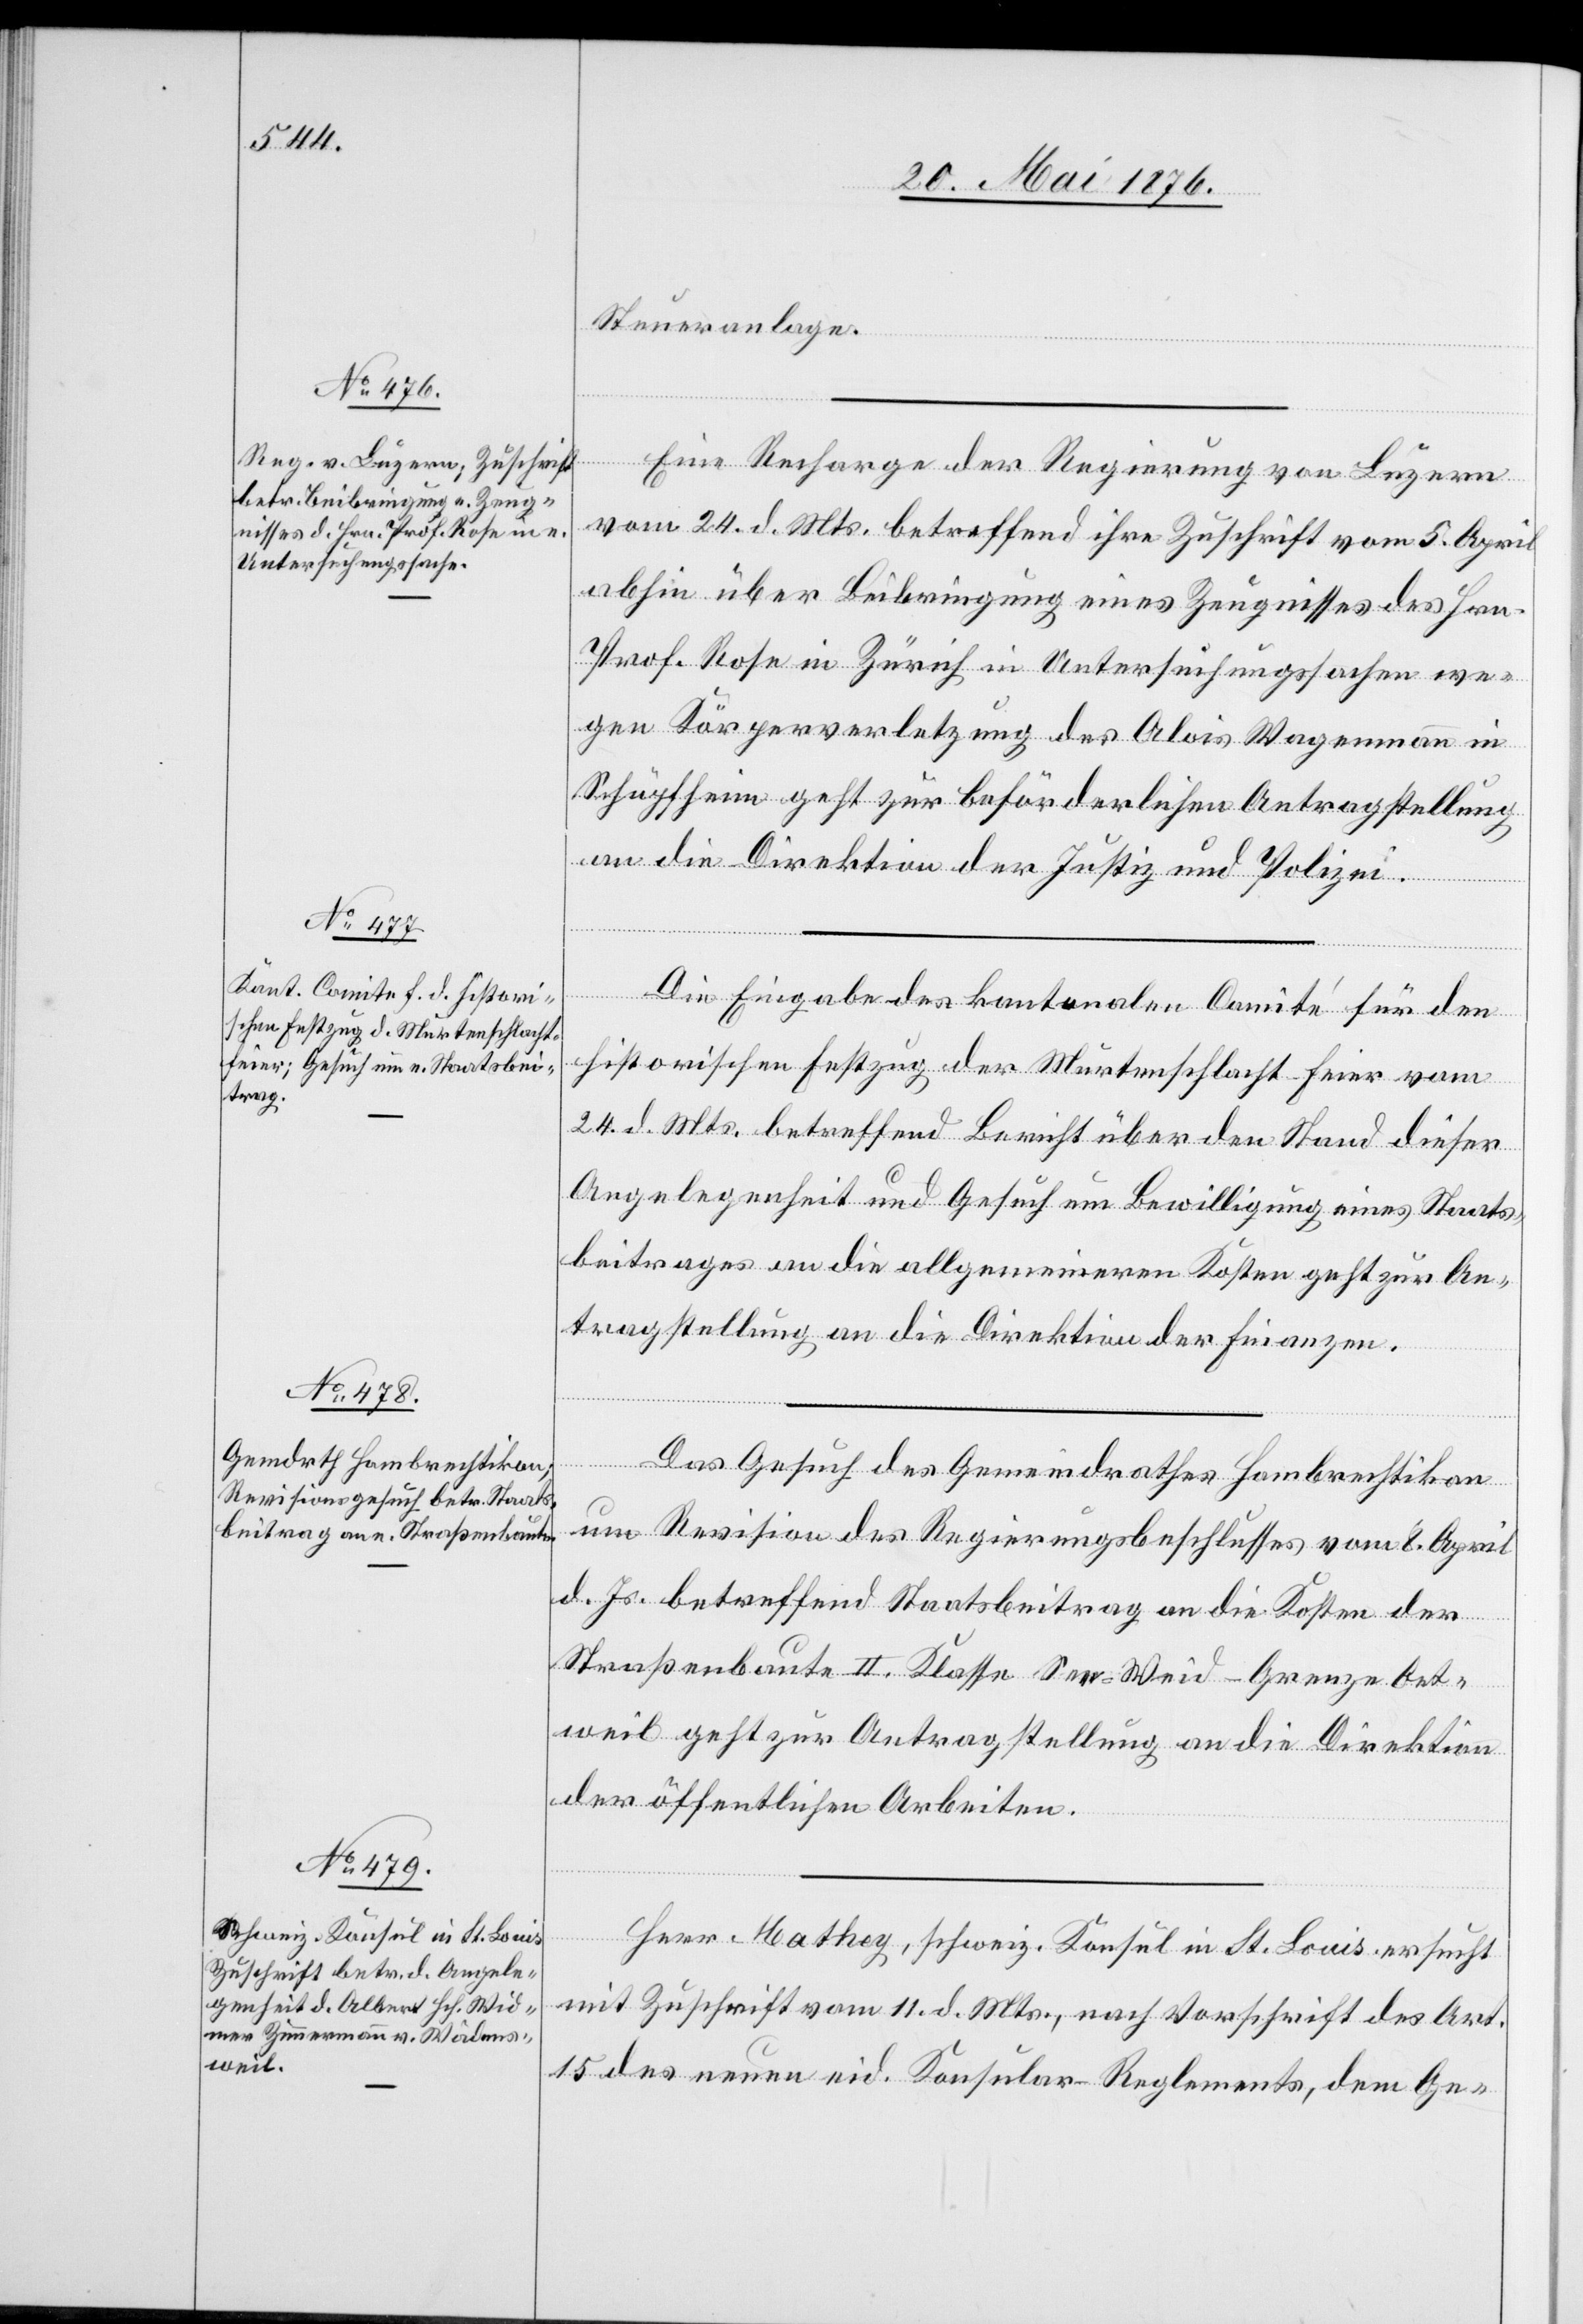
26. Mai 1876.]
Steueranlage
l-Verfüg¬
Eine Recharge der Regierung von Luzern
vom 24. d. Mts. betreffend ihre Zuschrift vom 5. April
abhin über Beibringung eines Zeugnisses des Hrn.
Prof. Rose in Zürich in Untersuchungssachen we¬
gen Körperverletzung des Alois Wegenmann in
Schöpfheim geht zur beförderlichen Antragstellung
an die Direktion der Justiz und Polizei.
ungen
Die Eingabe des kantonalen Comité für den
historischen Festzug der Murtenschlacht-Feier vom
24. d. Mts. betreffend Bericht über den Stand dieser
Angelegenheit und Gesuch um Bewilligung eines Staats¬
beitrages an die allgemeineren Kosten geht zur An¬
tragstellung an die Direktion der Finanzen.
Das Gesuch des Gemeindrathes Hombrechtikon
um Revision des Regierungsbeschlusses vom 8. April
d. Js. betreffend Staatsbeitrag an die Kosten der
Straßenbaute II. Klasse See-Weid-Grenze Oet¬
weil geht zur Antragstellung an die Direktion
der öffentlichen Arbeiten.
Herr Mathey, schweiz. Konsul in St. Louis ersucht
mit Zuschrift vom 11. d. Mts., nach Vorschrift des Art.
15 des neuen eid. Konsular-Reglements, dem Ge-